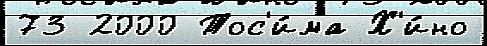
73 2000 Тос'и́ма Х'и́но